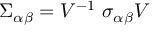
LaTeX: \Sigma _ { \alpha \beta } = V ^ { - 1 } ~ \sigma _ { \alpha \beta } V